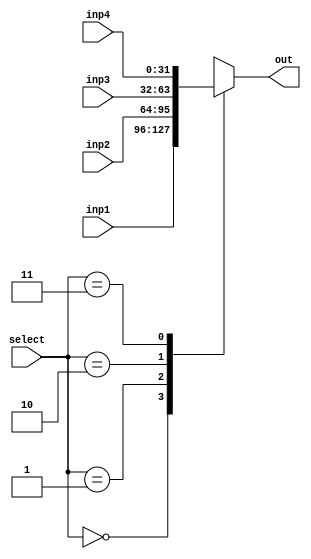
module MUX_4_to_1
(
    select,
    inp1,
    inp2,
    inp3,
    inp4,
    out
);

    parameter                              WORD_WIDTH = 32;
    input      [1:0]                       select;
    input      [WORD_WIDTH-1:0]            inp1, inp2, inp3, inp4;
    output reg [WORD_WIDTH-1:0]            out;

    always @(select, inp1, inp2) begin
        out = 0;

        case(select)
            2'b00: out = inp1;
            2'b01: out = inp2;
            2'b10: out = inp3;
            2'b11: out = inp4;
            default: out = 0;
        endcase
        
    end

endmodule